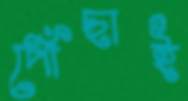
পোঁছাই